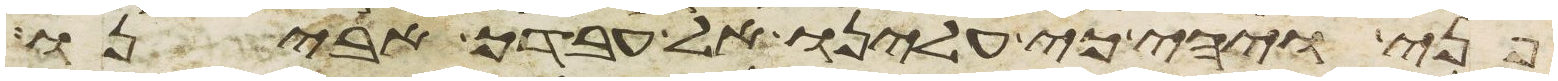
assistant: פני ויהי כי עלינו אל עבדך אבינו